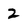
Character: 2